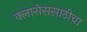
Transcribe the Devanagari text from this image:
क्लासेससाठीचा